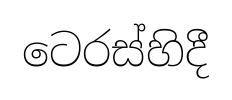
ටෙරස්හිදී